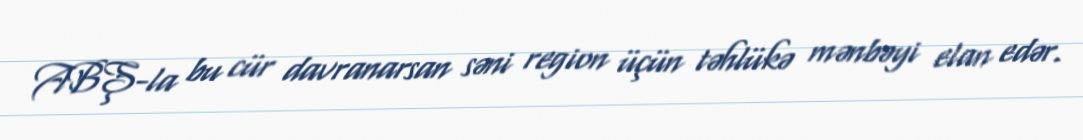
ABŞ-la bu cür davranarsan səni region üçün təhlükə mənbəyi elan edər.